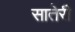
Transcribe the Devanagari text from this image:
सातेरी